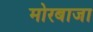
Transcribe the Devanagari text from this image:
मोरबाजा